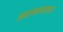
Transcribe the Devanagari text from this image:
झळकावताना